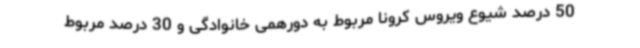
50 درصد شیوع ویروس کرونا مربوط به دورهمی خانوادگی و 30 درصد مربوط